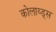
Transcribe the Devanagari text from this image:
कोलाय्ड्स